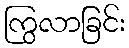
ကြွလာခြင်း